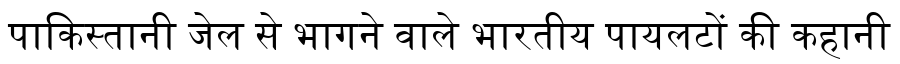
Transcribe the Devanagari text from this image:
पाकिस्तानी जेल से भागने वाले भारतीय पायलटों की कहानी